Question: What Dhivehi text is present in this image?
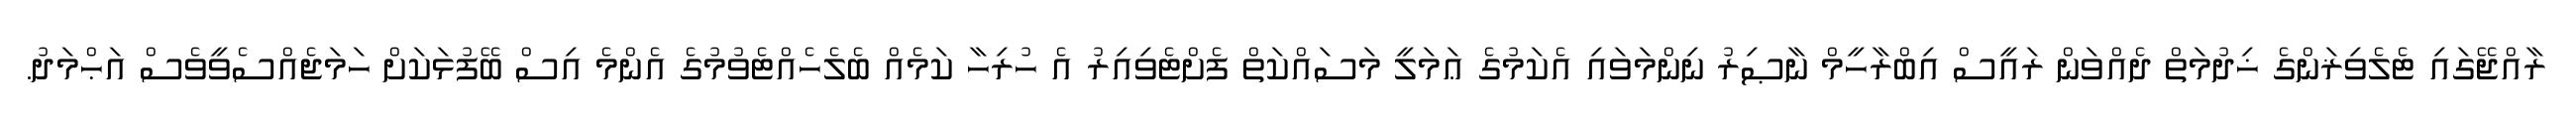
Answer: ރާއްޖޭގައި ޓެލެވިޜަންގެ ޚިދުމަތް ދެއްވަން ރައީސް އިބްރާހީމް ނާޞިރު ނިންމަވައި އެކަމުގެ ޢަމަލީ މަސައްކަތް ފެށްޓެވިއިރު އެ ހުރިހާ ކަމެއް ބެލެހެއްޓެވުމުގެ އެންމެ އިސް ބޭފުޅަކަށް ހަމަޖެއްސެވީވެސް އަޙްމަދު.